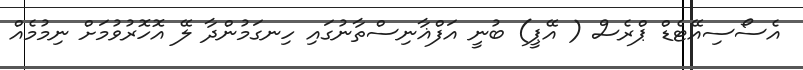
އެސޯސިއޭޓެޑް ޕްރެސް ( އޭޕީ) ބުނީ އަފްޣާނިސްތާނުގައި ހިނގަމުންދާ ލޭ އޮހޮރުވުމަށް ނިމުމެއް